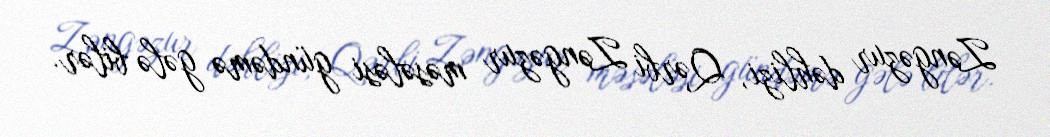
Zəngəzur dəhlizi, Qərbi Zəngəzur məsələsi gündəmə gələ bilər.